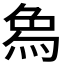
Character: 𤉢